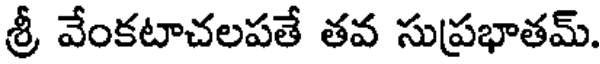
శ్రీ వేంకటాచలపతే తవ సుప్రభాతమ్.